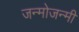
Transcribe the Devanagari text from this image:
जन्मोजन्मी